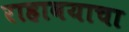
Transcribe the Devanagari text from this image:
राहावयाचा